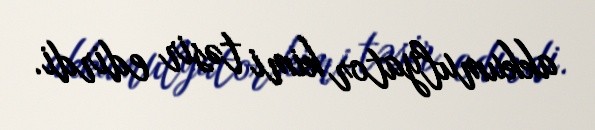
akkumulyator kimi təsir edirdi.